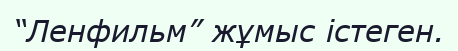
“Ленфильм” жұмыс істеген.